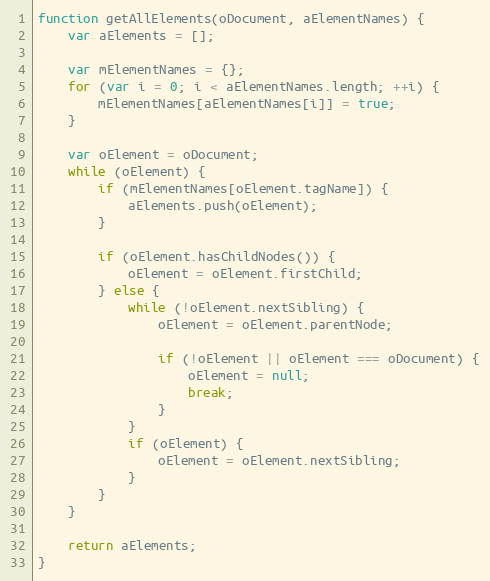
Language: JavaScript
function getAllElements(oDocument, aElementNames) {
	var aElements = [];

	var mElementNames = {};
	for (var i = 0; i < aElementNames.length; ++i) {
		mElementNames[aElementNames[i]] = true;
	}

	var oElement = oDocument;
	while (oElement) {
		if (mElementNames[oElement.tagName]) {
			aElements.push(oElement);
		}

		if (oElement.hasChildNodes()) {
			oElement = oElement.firstChild;
		} else {
			while (!oElement.nextSibling) {
				oElement = oElement.parentNode;

				if (!oElement || oElement === oDocument) {
					oElement = null;
					break;
				}
			}
			if (oElement) {
				oElement = oElement.nextSibling;
			}
		}
	}

	return aElements;
}